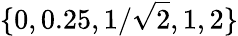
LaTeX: \{ 0,0.25,1/\sqrt{2},1,2\}